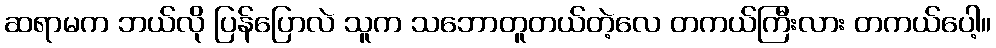
ဆရာမက ဘယ်လို ပြန်ပြောလဲ သူက သဘောတူတယ်တဲ့လေ တကယ်ကြီးလား တကယ်ပေါ့။